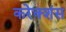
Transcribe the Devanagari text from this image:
करेक्शंस